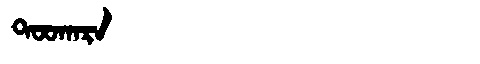
Manchu: ᡨᠣᠣᡴᠠᡵᠠ
Romanization: TOOKARA